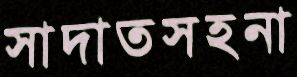
সাদাতসহনা